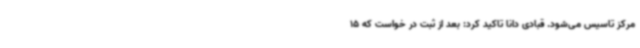
مرکز تاسیس می‌شود. قبادی دانا تاکید کرد: بعد از ثبت در خواست که 15